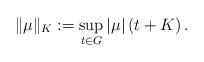
LaTeX: \begin{align*}\| \mu \|_{K} := \sup_{t \in G} \left| \mu \right|(t+K) \,.\end{align*}